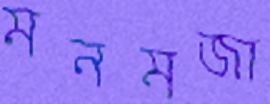
মনমজা